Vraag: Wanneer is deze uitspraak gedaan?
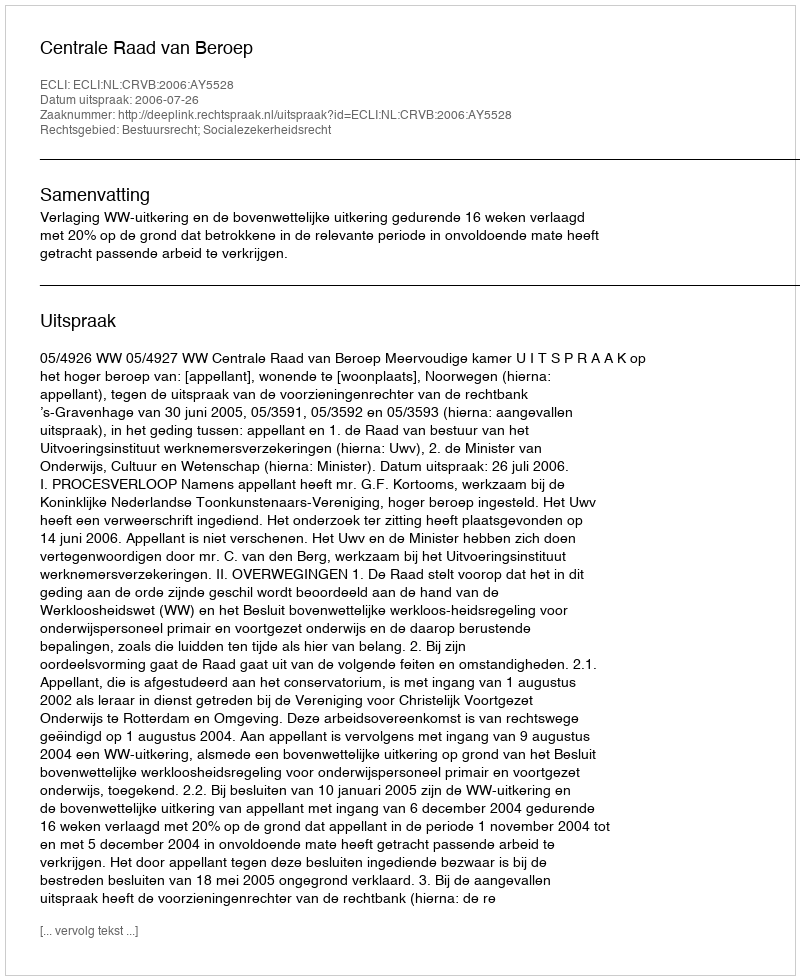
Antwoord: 2006-07-26